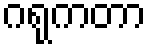
ဂရုကတာ